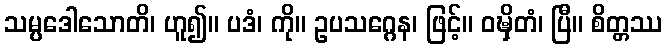
သမ္ပဒေါသောတိ၊ ဟူ၍။ ပဒံ၊ ကို။ ဥပသဂ္ဂေန၊ ဖြင့်။ ဝဍ္ဎှိတံ၊ ပြီ။ စိတ္တဿ